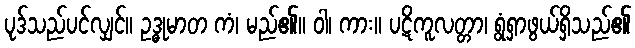
ပုဒ်သည်ပင်လျှင်။ ဥဒ္ဓုမာတ ကံ၊ မည်၏။ ဝါ၊ ကား။ ပဋိကူလတ္တာ၊ ရွံရှာဖွယ်ရှိသည်၏